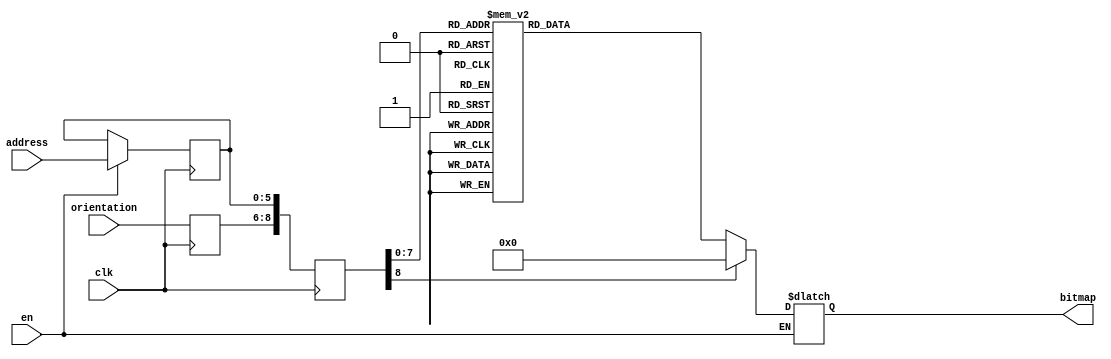
module newshape4_81 (clk, en, orientation, address, bitmap); 
    input  clk;
    input   en;
    input wire [2:0] orientation;
    input wire[5:0] address;
    output reg [50:0] bitmap;
    reg   [8:0] raddr;
    reg [5:0] address_reg;
    reg[2:0] orient_reg;
 always @(posedge clk)
 begin

    if (en)
     address_reg <= address;
     orient_reg <= orientation;
     raddr <= {orient_reg,address_reg};
 end

 always @(raddr) 
 begin
    if (en)
       case(raddr)
    9'b000000000 : bitmap <= 51'b000000000000000000000000010000000000000000000000000;
    9'b000000001 : bitmap <= 51'b000000000000000000000001111100000000000000000000000;
    9'b000000010 : bitmap <= 51'b000000000000000000000111111111000000000000000000000;
    9'b000000011 : bitmap <= 51'b000000000000000000001111111111100000000000000000000;
    9'b000000100 : bitmap <= 51'b000000000000000000011111111111110000000000000000000;
    9'b000000101 : bitmap <= 51'b000000000000000000001111111111100000000000000000000;
    9'b000000110 : bitmap <= 51'b000000000000000000001111111111100000000000000000000;
    9'b000000111 : bitmap <= 51'b000000000000000000000111111111000000000000000000000;
    9'b000001000 : bitmap <= 51'b000000000000000000000011111111000000000000000000000;
    9'b000001001 : bitmap <= 51'b000000000000000000000001111110000000000000000000000;
    9'b000001010 : bitmap <= 51'b000000000000000000000001111110000000000000000000000;
    9'b000001011 : bitmap <= 51'b000000100000000000000000111100000000000000001000000;
    9'b000001100 : bitmap <= 51'b000011110000000000000000011000000000000000011110000;
    9'b000001101 : bitmap <= 51'b000111111000000000000000001000000000000000011111000;
    9'b000001110 : bitmap <= 51'b011111111000000000000000000000000000000000111111110;
    9'b000001111 : bitmap <= 51'b111111111100000000000000000000000000000000111111111;
    9'b000010000 : bitmap <= 51'b111111111110000000000000000000000000000001111111111;
    9'b000010001 : bitmap <= 51'b111111111111000000000000000000000000000001111111111;
    9'b000010010 : bitmap <= 51'b111111111111000000000000000000000000000011111111111;
    9'b000010011 : bitmap <= 51'b111111111111000000000000000000000000000111111111111;
    9'b000010100 : bitmap <= 51'b111111111111100000000000000000000000000111111111111;
    9'b000010101 : bitmap <= 51'b111111111111100000000000000000000000001111111111111;
    9'b000010110 : bitmap <= 51'b111111111111100000000000000000000000001111111111111;
    9'b000010111 : bitmap <= 51'b111111111111100000000000000000000000011111111111111;
    9'b000011000 : bitmap <= 51'b111111111111000000000000000000000000011111111111111;
    9'b000011001 : bitmap <= 51'b000000000000000000000000000000000000111111111111111;
    9'b000011010 : bitmap <= 51'b000000000000000000000000000000000001111111111111111;
    9'b000011011 : bitmap <= 51'b000000000000000000000000000000000001111111111111111;
    9'b000011100 : bitmap <= 51'b000000000000000000000000000000000011111111111111111;
    9'b000011101 : bitmap <= 51'b000000000000000000000000000000000011111111111111111;
    9'b000011110 : bitmap <= 51'b000000000000000000000000000000000111111111111111111;
    9'b000011111 : bitmap <= 51'b000000000000000000000000000000000111111111111111111;
    9'b000100000 : bitmap <= 51'b000000000000000000000000000000001111111111111111111;
    9'b000100001 : bitmap <= 51'b000000000000000000000000000000001111111111111111111;
    9'b000100010 : bitmap <= 51'b000000000000000000000000000000011111111111111111111;
    9'b000100011 : bitmap <= 51'b000000000000000000000000000000111111111111111111111;
    9'b000100100 : bitmap <= 51'b000000000000000000000000000000111111111111111111111;
    9'b000100101 : bitmap <= 51'b111111111111100000000000000001111111111111111111111;
    9'b000100110 : bitmap <= 51'b111111111111100000000000000001111111111111111111111;
    9'b000100111 : bitmap <= 51'b111111111111000000000000000011111111111111111111111;
    9'b000101000 : bitmap <= 51'b111111111111000000000000000011111111111111111111111;
    9'b000101001 : bitmap <= 51'b111111111110000000000000000111111111111111111111111;
    9'b000101010 : bitmap <= 51'b111111111100000000000000001111111111111111111111111;
    9'b000101011 : bitmap <= 51'b111111111100000000000000001111111111111111111111111;
    9'b000101100 : bitmap <= 51'b111111111000000000000000011111111111111111111111111;
    9'b000101101 : bitmap <= 51'b011111111000000000000000011111111111111111111111110;
    9'b000101110 : bitmap <= 51'b000111110000000000000000111111111111111111111111000;
    9'b000101111 : bitmap <= 51'b000011110000000000000000111111111111111111111110000;
    9'b000110000 : bitmap <= 51'b000000100000000000000001111111111111111111111000000;
    9'b000110001 : bitmap <= 51'b000000000000000000000011111111111111111111100000000;
    9'b000110010 : bitmap <= 51'b000000000000000000000011111111111111111111000000000;
    9'b000110011 : bitmap <= 51'b000000000000000000000111111111111111111100000000000;
    9'b000110100 : bitmap <= 51'b000000000000000000000111111111111111110000000000000;
    9'b000110101 : bitmap <= 51'b000000000000000000001111111111111111100000000000000;
    9'b000110110 : bitmap <= 51'b000000000000000000001111111111111110000000000000000;
    9'b000110111 : bitmap <= 51'b000000000000000000011111111111111000000000000000000;
    9'b000111000 : bitmap <= 51'b000000000000000000001111111111100000000000000000000;
    9'b000111001 : bitmap <= 51'b000000000000000000000111111111000000000000000000000;
    9'b000111010 : bitmap <= 51'b000000000000000000000001111100000000000000000000000;
    9'b000111011 : bitmap <= 51'b000000000000000000000000010000000000000000000000000;

    
    9'b001000000 : bitmap <= 51'b000000000000000000000000010000000000000000000000000;
    9'b001000001 : bitmap <= 51'b000000000000000000000001111100000000000000000000000;
    9'b001000010 : bitmap <= 51'b000000000000000000000111111111000000000000000000000;
    9'b001000011 : bitmap <= 51'b000000000000000000001111111111100000000000000000000;
    9'b001000100 : bitmap <= 51'b000000000000000000011111111111110000000000000000000;
    9'b001000101 : bitmap <= 51'b000000000000000000001111111111110000000000000000000;
    9'b001000110 : bitmap <= 51'b000000000000000000001111111111100000000000000000000;
    9'b001000111 : bitmap <= 51'b000000000000000000001111111111100000000000000000000;
    9'b001001000 : bitmap <= 51'b000000000000000000001111111111100000000000000000000;
    9'b001001001 : bitmap <= 51'b000000000000000000000111111111100000000000000000000;
    9'b001001010 : bitmap <= 51'b000000000000000000000111111111000000000000000000000;
    9'b001001011 : bitmap <= 51'b000000100000000000000111111111000000000000001000000;
    9'b001001100 : bitmap <= 51'b000011100000000000000011111111000000000000011110000;
    9'b001001101 : bitmap <= 51'b000111110000000000000001111110000000000000011111000;
    9'b001001110 : bitmap <= 51'b011111110000000000000000111100000000000000111111110;
    9'b001001111 : bitmap <= 51'b111111111000000000000000011000000000000000111111111;
    9'b001010000 : bitmap <= 51'b111111111000000000000000000000000000000000111111111;
    9'b001010001 : bitmap <= 51'b111111111100000000000000000000000000000001111111111;
    9'b001010010 : bitmap <= 51'b111111111100000000000000000000000000000001111111111;
    9'b001010011 : bitmap <= 51'b111111111100000000000000000000000000000011111111111;
    9'b001010100 : bitmap <= 51'b111111111110000000000000000000000000000011111111111;
    9'b001010101 : bitmap <= 51'b111111111110000000000000000000000000000011111111111;
    9'b001010110 : bitmap <= 51'b111111111111000000000000000000000000000111111111111;
    9'b001010111 : bitmap <= 51'b000000000000000000000000000000000000000000000000000;
    9'b001011000 : bitmap <= 51'b000000000000000000000000000000000000000000000000000;
    9'b001011001 : bitmap <= 51'b000000000000000000000000000000000000000000000000000;
    9'b001011010 : bitmap <= 51'b000000000000000000000000000000000000000000000000000;
    9'b001011011 : bitmap <= 51'b000000000000000000000000000000000000000000000000000;
    9'b001011100 : bitmap <= 51'b000000000000000000000000000000000000000000000000000;
    9'b001011101 : bitmap <= 51'b000000000000000000000000000000000000000000000000000;
    9'b001011110 : bitmap <= 51'b000000000000000000000000000000000000000000000000000;
    9'b001011111 : bitmap <= 51'b000000000000000000000000000000000000000000000000000;
    9'b001100000 : bitmap <= 51'b000000000000000000000000000000000000000000000000000;
    9'b001100001 : bitmap <= 51'b000000000000000000000000000000000000000000000000000;
    9'b001100010 : bitmap <= 51'b000000000000000000000000000000000000000000000000000;
    9'b001100011 : bitmap <= 51'b000000000000000000000000000000000000000000000000000;
    9'b001100100 : bitmap <= 51'b000000000000000000000000000000000000000000000000000;
    9'b001100101 : bitmap <= 51'b111111111111111111111111111111111111111111111111111;
    9'b001100110 : bitmap <= 51'b111111111111111111111111111111111111111111111111111;
    9'b001100111 : bitmap <= 51'b111111111111111111111111111111111111111111111111111;
    9'b001101000 : bitmap <= 51'b111111111111111111111111111111111111111111111111111;
    9'b001101001 : bitmap <= 51'b111111111111111111111111111111111111111111111111111;
    9'b001101010 : bitmap <= 51'b111111111111111111111111111111111111111111111111111;
    9'b001101011 : bitmap <= 51'b111111111111111111111111111111111111111111111111111;
    9'b001101100 : bitmap <= 51'b111111111111111111111111111111111111111111111111111;
    9'b001101101 : bitmap <= 51'b011111111111111111111111111111111111111111111111110;
    9'b001101110 : bitmap <= 51'b000111111111111111111111111111111111111111111111000;
    9'b001101111 : bitmap <= 51'b000011111111111111111111111111111111111111111110000;
    9'b001110000 : bitmap <= 51'b000000111111111111111111111111111111111111111000000;
    9'b001110001 : bitmap <= 51'b000000001111111111111111111111111111111111100000000;
    9'b001110010 : bitmap <= 51'b000000000111111111111111111111111111111111000000000;
    9'b001110011 : bitmap <= 51'b000000000001111111111111111111111111111100000000000;
    9'b001110100 : bitmap <= 51'b000000000000011111111111111111111111110000000000000;
    9'b001110101 : bitmap <= 51'b000000000000001111111111111111111111100000000000000;
    9'b001110110 : bitmap <= 51'b000000000000000011111111111111111110000000000000000;
    9'b001110111 : bitmap <= 51'b000000000000000000111111111111111000000000000000000;
    9'b001111000 : bitmap <= 51'b000000000000000000001111111111100000000000000000000;
    9'b001111001 : bitmap <= 51'b000000000000000000000111111111000000000000000000000;
    9'b001111010 : bitmap <= 51'b000000000000000000000001111100000000000000000000000;
    9'b001111011 : bitmap <= 51'b000000000000000000000000010000000000000000000000000;

    9'b010000000 : bitmap <= 51'b000000000000000000000000010000000000000000000000000;
    9'b010000001 : bitmap <= 51'b000000000000000000000001111100000000000000000000000;
    9'b010000010 : bitmap <= 51'b000000000000000000000111111111000000000000000000000;
    9'b010000011 : bitmap <= 51'b000000000000000000001111111111100000000000000000000;
    9'b010000100 : bitmap <= 51'b000000000000000000011111111111110000000000000000000;
    9'b010000101 : bitmap <= 51'b000000000000000000001111111111100000000000000000000;
    9'b010000110 : bitmap <= 51'b000000000000000000001111111111100000000000000000000;
    9'b010000111 : bitmap <= 51'b000000000000000000000111111111000000000000000000000;
    9'b010001000 : bitmap <= 51'b000000000000000000000111111110000000000000000000000;
    9'b010001001 : bitmap <= 51'b000000000000000000000011111100000000000000000000000;
    9'b010001010 : bitmap <= 51'b000000000000000000000011111100000000000000000000000;
    9'b010001011 : bitmap <= 51'b000000100000000000000001111000000000000000001000000;
    9'b010001100 : bitmap <= 51'b000011110000000000000000110000000000000000011110000;
    9'b010001101 : bitmap <= 51'b000111110000000000000000100000000000000000111111000;
    9'b010001110 : bitmap <= 51'b011111111000000000000000000000000000000000111111110;
    9'b010001111 : bitmap <= 51'b111111111000000000000000000000000000000001111111111;
    9'b010010000 : bitmap <= 51'b111111111100000000000000000000000000000011111111111;
    9'b010010001 : bitmap <= 51'b111111111100000000000000000000000000000111111111111;
    9'b010010010 : bitmap <= 51'b111111111110000000000000000000000000000111111111111;
    9'b010010011 : bitmap <= 51'b111111111111000000000000000000000000000111111111111;
    9'b010010100 : bitmap <= 51'b111111111111000000000000000000000000001111111111111;
    9'b010010101 : bitmap <= 51'b111111111111100000000000000000000000001111111111111;
    9'b010010110 : bitmap <= 51'b111111111111100000000000000000000000001111111111111;
    9'b010010111 : bitmap <= 51'b111111111111110000000000000000000000001111111111111;
    9'b010011000 : bitmap <= 51'b111111111111110000000000000000000000000111111111111;
    9'b010011001 : bitmap <= 51'b111111111111111000000000000000000000000000000000000;
    9'b010011010 : bitmap <= 51'b111111111111111100000000000000000000000000000000000;
    9'b010011011 : bitmap <= 51'b111111111111111100000000000000000000000000000000000;
    9'b010011100 : bitmap <= 51'b111111111111111110000000000000000000000000000000000;
    9'b010011101 : bitmap <= 51'b111111111111111110000000000000000000000000000000000;
    9'b010011110 : bitmap <= 51'b111111111111111111000000000000000000000000000000000;
    9'b010011111 : bitmap <= 51'b111111111111111111000000000000000000000000000000000;
    9'b010100000 : bitmap <= 51'b111111111111111111100000000000000000000000000000000;
    9'b010100001 : bitmap <= 51'b111111111111111111100000000000000000000000000000000;
    9'b010100010 : bitmap <= 51'b111111111111111111110000000000000000000000000000000;
    9'b010100011 : bitmap <= 51'b111111111111111111111000000000000000000000000000000;
    9'b010100100 : bitmap <= 51'b111111111111111111111000000000000000000000000000000;
    9'b010100101 : bitmap <= 51'b111111111111111111111100000000000000001111111111111;
    9'b010100110 : bitmap <= 51'b111111111111111111111100000000000000001111111111111;
    9'b010100111 : bitmap <= 51'b111111111111111111111110000000000000000111111111111;
    9'b010101000 : bitmap <= 51'b111111111111111111111110000000000000000111111111111;
    9'b010101001 : bitmap <= 51'b111111111111111111111111000000000000000011111111111;
    9'b010101010 : bitmap <= 51'b111111111111111111111111100000000000000001111111111;
    9'b010101011 : bitmap <= 51'b111111111111111111111111100000000000000001111111111;
    9'b010101100 : bitmap <= 51'b111111111111111111111111110000000000000000111111111;
    9'b010101101 : bitmap <= 51'b011111111111111111111111110000000000000000111111110;
    9'b010101110 : bitmap <= 51'b000111111111111111111111111000000000000000011111000;
    9'b010101111 : bitmap <= 51'b000011111111111111111111111000000000000000011110000;
    9'b010110000 : bitmap <= 51'b000000111111111111111111111100000000000000001000000;
    9'b010110001 : bitmap <= 51'b000000001111111111111111111110000000000000000000000;
    9'b010110010 : bitmap <= 51'b000000000111111111111111111110000000000000000000000;
    9'b010110011 : bitmap <= 51'b000000000001111111111111111111000000000000000000000;
    9'b010110100 : bitmap <= 51'b000000000000011111111111111111000000000000000000000;
    9'b010110101 : bitmap <= 51'b000000000000001111111111111111100000000000000000000;
    9'b010110110 : bitmap <= 51'b000000000000000011111111111111100000000000000000000;
    9'b010110111 : bitmap <= 51'b000000000000000000111111111111110000000000000000000;
    9'b010111000 : bitmap <= 51'b000000000000000000001111111111100000000000000000000;
    9'b010111001 : bitmap <= 51'b000000000000000000000111111111000000000000000000000;
    9'b010111010 : bitmap <= 51'b000000000000000000000001111100000000000000000000000;
    9'b010111011 : bitmap <= 51'b000000000000000000000000010000000000000000000000000;


    default: bitmap <= 0;
       endcase
 end
        endmodule